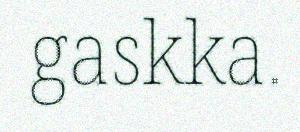
gaskka.